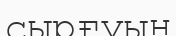
сырғуын